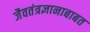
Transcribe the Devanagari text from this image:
जैवतंत्रज्ञानाबाबत